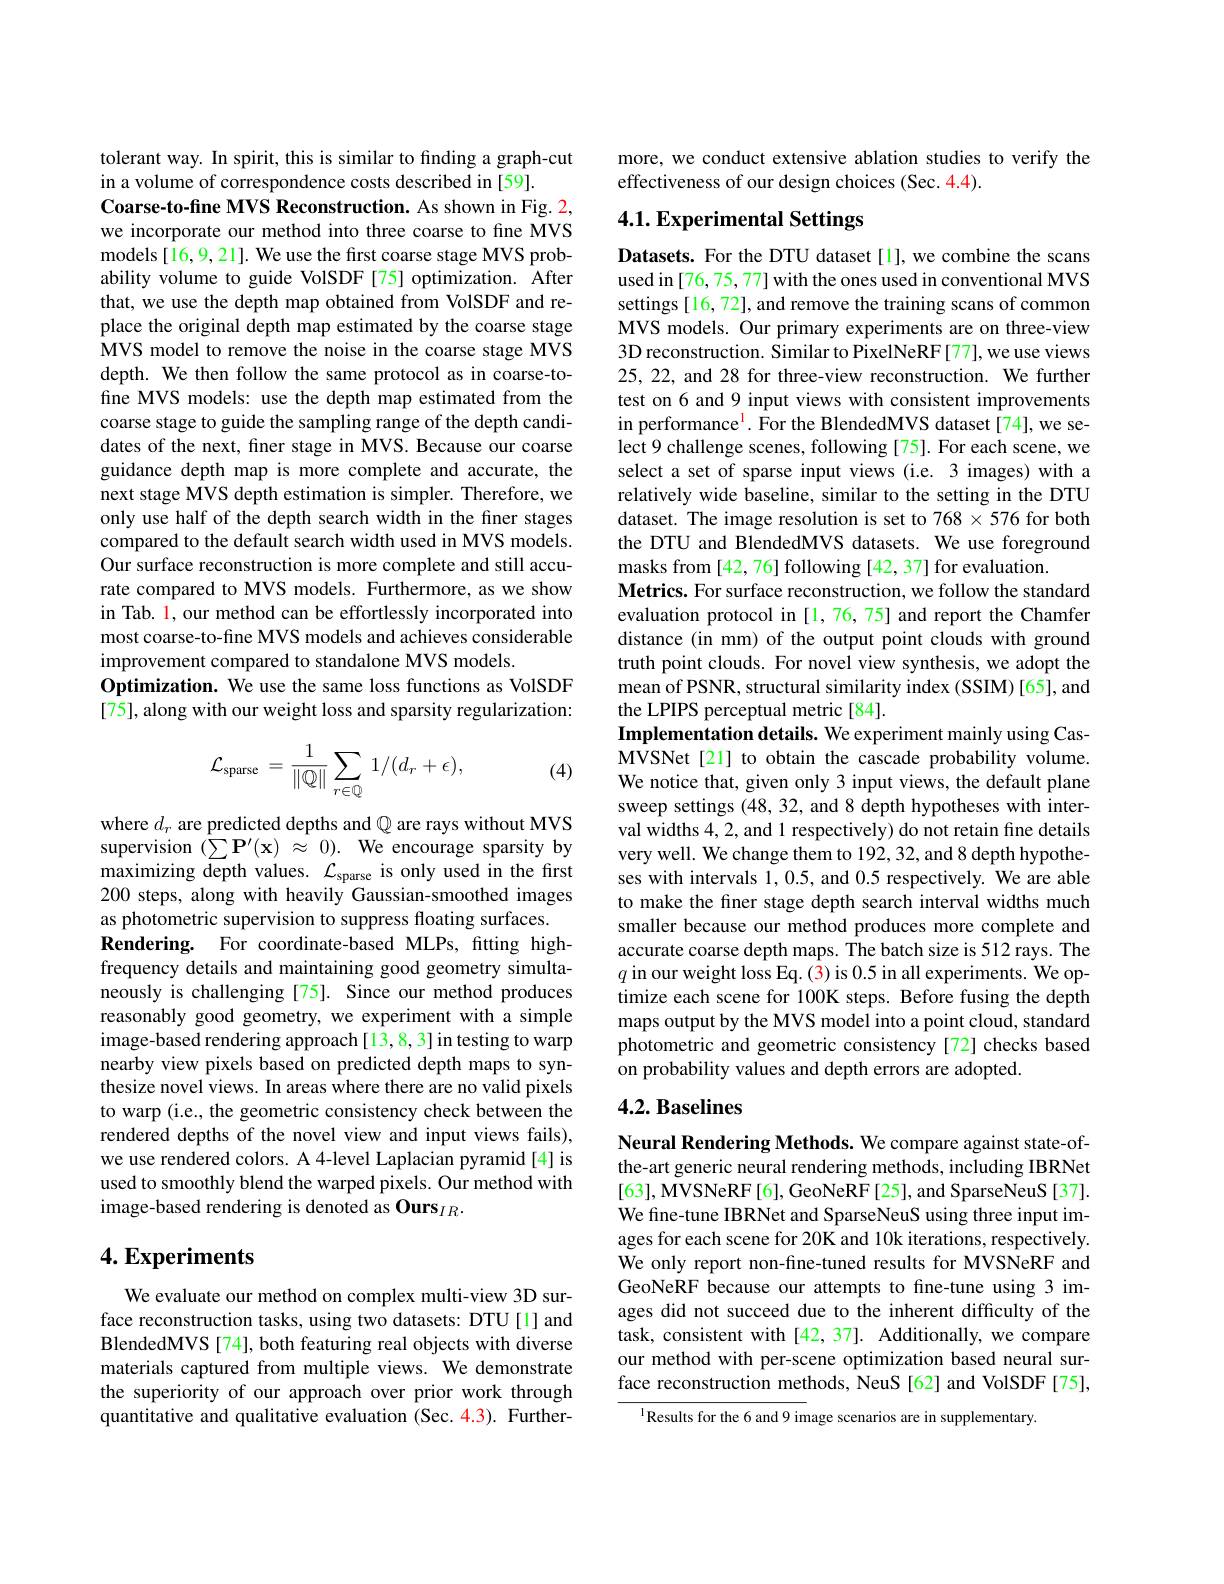
tolerant way. In spirit, this is similar to finding a graph-cut
in a volume of correspondence costs described in [59].
Coarse-to-fine MVS Reconstruction. As shown in Fig. 2, we incorporate our method into three coarse to fne MVS models [16,9,21]. We use the first coarse stage MVS probability volume to guide VolSDF [75] optimization. After that, we use the depth map obtained from VolSDF and replace the original depth map estimated by the coarse stage MVS model to remove the noise in the coarse stage MVS depth. We then follow the same protocol as in coarse-tofine MVS models: use the depth map estimated from the coarse stage to guide the sampling range of the depth candidates of the next, finer stage in MVS. Because our coarse guidance depth map is more complete and accurate, the next stage MVS depth estimation is simpler. Therefore, we only use half of the depth search width in the finer stages compared to the default search width used in MVS models. Our surface reconstruction is more complete and still accurate compared to MVS models. Furthermore, as we show in Tab. l, our method can be effortlessly incorporated into most coarse-to-fine MVS models and achieves considerable improvement compared to standalone MVS models
Optimization. We use the same loss functions as VolSDF [75], along with our weight loss and sparsity regularization:
$$\mathcal{L}_{\mathrm{sparse}}\:=\:\frac{1}{\|\mathbb{Q}\|}\sum_{r\in\mathbb{Q}}\:1/(d_{r}+\epsilon),$$
(4)

where $d_r$ are predicted depths and $\mathbb{Q}$ are rays without MVS supervision $( \sum \mathbf{P} ^{\prime }( \mathbf{x} )$ $\approx$ 0). We encourage sparsity by maximizing depth values. $\mathcal{L}_\mathrm{sparse}$ is only used in the first 200 steps, along with heavily Gaussian-smoothed images as photometric supervision to suppress floating surfaces.
Rendering. For coordinate-based MLPs, fitting highfrequency details and maintaining good geometry simultaneously is challenging [75]. Since our method produces reasonably good geometry, we experiment with a simple image-based rendering approach [13,8,3] in testing to warp nearby view pixels based on predicted depth maps to synthesize novel views. In areas where there are no valid pixels to warp (i.e., the geometric consistency check between the rendered depths of the novel view and input views fails), we use rendered colors. A 4-level Laplacian pyramid[4] is used to smoothly blend the warped pixels. Our method with image-based rendering is denoted as Ours$_IR.$

## $4. \textbf{Experiments}$

We evaluate our method on complex multi-view 3D surface reconstruction tasks, using two datasets: DTU[1] and BlendedMVS [74], both featuring real objects with diverse materials captured from multiple views. We demonstrate the superiority of our approach over prior work through quantitative and qualitative evaluation (Sec.4.3). Further-

more, we conduct extensive ablation studies to verify the
effectiveness of our design choices (Sec. 4.4).

## 4.1. Experimental Settings

Datasets. For the DTU dataset[l], we combine the scans used in[76, 75, 77] with the ones used in conventional MVS settings [16, 72], and remove the training scans of common MVS models. Our primary experiments are on three-view 3D reconstruction. Similar to PixelNeRF[77], we use views 25, 22, and 28 for three-view reconstruction. We further test on 6 and 9 input views with consistent improvements in performance$^{\mathrm{l}}$. For the BlendedMVS dataset[74], we select 9 challenge scenes, following [75]. For each scene, we select a set of sparse input views (i.e. 3 images) with a relatively wide baseline, similar to the setting in the DTU dataset. The image resolution is set to 768 × 576 for both the DTU and BlendedMVS datasets. We use foreground masks from [42,76] following [42,37] for evaluation.
Metrics. For surface reconstruction, we follow the standard evaluation protocol in [1,76,75] and report the Chamfer distance (in mm) of the output point clouds with ground truth point clouds. For novel view synthesis, we adopt the mean of PSNR, structural similarity index (SSIM) [65], and the LPIPS perceptual metric[84].
Implementation details. We experiment mainly using CasMVSNet[21] to obtain the cascade probability volume. We notice that, given only 3 input views, the default plane sweep settings (48, 32, and 8 depth hypotheses with interval widths 4,2, and 1 respectively) do not retain fine details very well. We change them to 192, 32, and 8 depth hypotheses with intervals 1,0.5, and 0.5 respectively. We are able to make the finer stage depth search interval widths much smaller because our method produces more complete and accurate coarse depth maps. The batch size is 512 rays. The $q$ in our weight loss Eq. (3) is 0.5 in all experiments. We optimize each scene for 100K steps. Before fusing the depth maps output by the MVS model into a point cloud, standard photometric and geometric consistency [72] checks based on probability values and depth errors are adopted.
4.2. Baselines

Neural Rendering Methods. We compare against state-ofthe-art generic neural rendering methods, including IBRNet [63], MVSNeRF[6], GeoNeRF[25], and SparseNeuS[37]. We fine-tune IBRNet and SparseNeuS using three input images for each scene for 20K and 10k iterations, respectively. We only report non-fine-tuned results for MVSNeRF and GeoNeRF because our attempts to fine-tune using 3 images did not succeed due to the inherent difficulty of the task, consistent with [42, 37]. Additionally, we compare our method with per-scene optimization based neural surface reconstruction methods, NeuS [62] and VolSDF[75],

$^{1}$Results for the 6 and 9 image scenarios are in supplementary